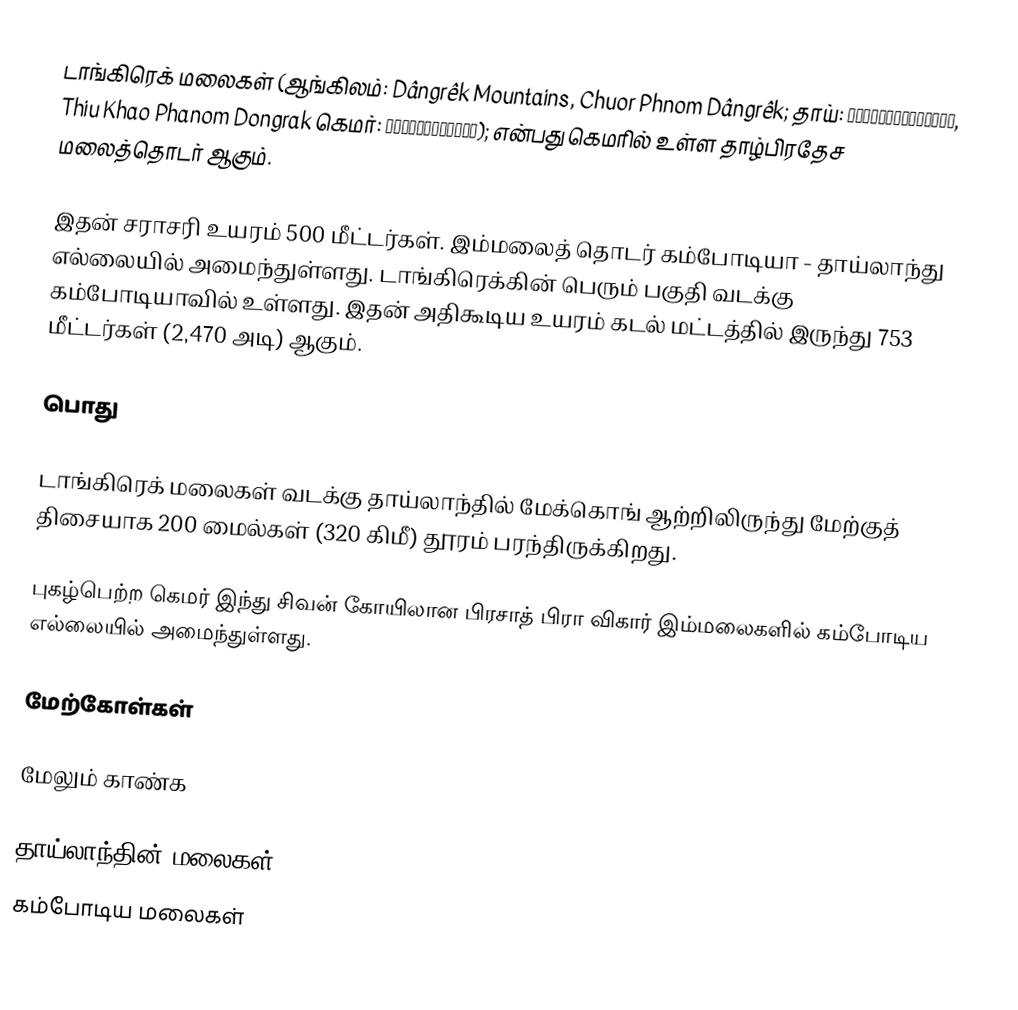
டாங்கிரெக் மலைகள் (ஆங்கிலம்: Dângrêk Mountains, Chuor Phnom Dângrêk; தாய்: ทิวเขาพนมดงรัก, Thiu Khao Phanom Dongrak கெமர்: ជួរភ្នំដងរែក); என்பது கெமரில் உள்ள தாழ்பிரதேச மலைத்தொடர் ஆகும்.

இதன் சராசரி உயரம் 500 மீட்டர்கள். இம்மலைத் தொடர் கம்போடியா - தாய்லாந்து எல்லையில் அமைந்துள்ளது. டாங்கிரெக்கின் பெரும் பகுதி வடக்கு கம்போடியாவில் உள்ளது. இதன் அதிகூடிய உயரம் கடல் மட்டத்தில் இருந்து 753 மீட்டர்கள் (2,470 அடி) ஆகும்.

பொது

டாங்கிரெக் மலைகள் வடக்கு தாய்லாந்தில் மேக்கொங் ஆற்றிலிருந்து மேற்குத் திசையாக 200 மைல்கள் (320 கிமீ) தூரம் பரந்திருக்கிறது.

புகழ்பெற்ற கெமர் இந்து சிவன் கோயிலான பிரசாத் பிரா விகார் இம்மலைகளில் கம்போடிய எல்லையில் அமைந்துள்ளது.

மேற்கோள்கள்

மேலும் காண்க

தாய்லாந்தின் மலைகள்
கம்போடிய மலைகள்